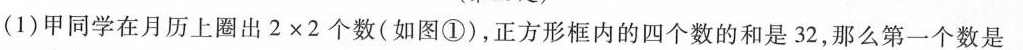
(1)甲同学在月历上圈出2×2个数(如图①)，正方形框内的四个数的和是32，那么第一个数是